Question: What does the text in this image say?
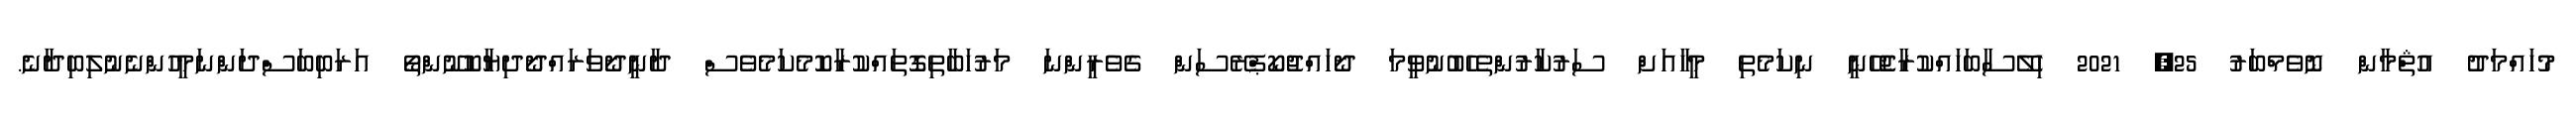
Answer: މުހައްމަދު އުޘްމާން ނޮވެމްބަރު 25, 2021 ހިލޭސާބަހައްކުރާޖެހޭނީ ނިކަމެތި މީހާއަށް ސަރުކާރުންތެހެބުނުވީމަ ދޯހައްޖުކޯޕްރޭސަން ގެވެރީންނަ މަރުހަބާތިގޮތައްކުރާކޮމެކަމެވެސް ދާނީދޯވަރައްދޯދިޔާކޮނޫންތޯ އަރަބިބަސްދަންނަމީހުންނެނުލިބިދާނެ.